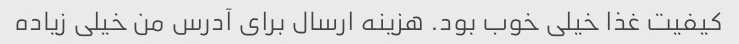
کیفیت غذا خیلی خوب بود. هزینه ارسال برای آدرس من خیلی زیاده